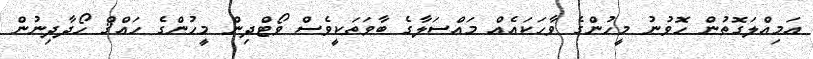
އަމިއްލަގޮތުން ހޮވުނު މީހުންގެ ވާހަކައެއް މައްސަލާގެ ބާވަތަކީވެސް ވޯޓްދިން މީހުންގެ ހައްޤް ހޯދާދިނުން